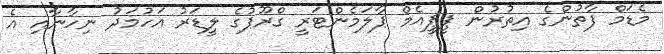
މެޑަމް ފާތުންގެ އިތުރުން ޕީޕީއެމް ޕާލަމެންޓަރީ ގްރޫޕުގެ ލީޑަރު އަހުމަދު ނިހާނާއި އެ